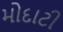
મોદાટી